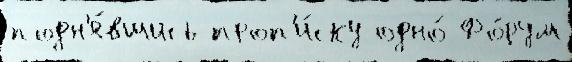
подн'я́вшись проп'и́ску одно́ Фо́рум